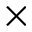
\times